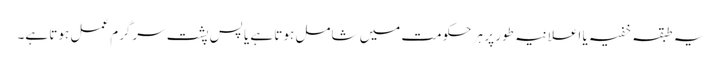
یہ طبقہ خفیہ یا اعلانیہ طور پر ہر حکومت میں شامل ہوتا ہے یا پسِ پشت سرگرمِ عمل ہوتا ہے۔